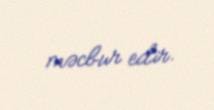
məcbur edir.